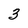
Character: 3